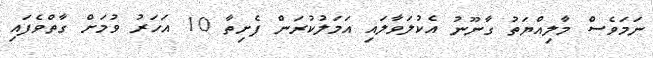
ނަމަވެސް މާލިއްޔަތު ގާނޫނު އެކުލަވާލައި އަމަލުކުރަން ފެށިތާ 10 އަހަރު ވުމަށް ގާތްވެފައި